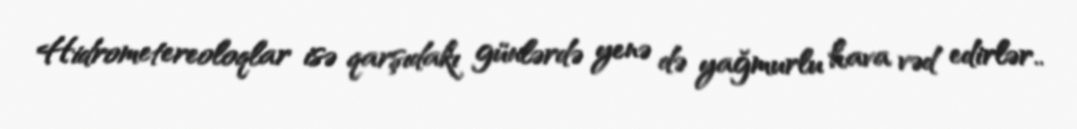
Hidrometereoloqlar isə qarşıdakı günlərdə yenə də yağmurlu hava vəd edirlər..